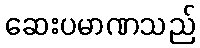
ဆေးပမာဏသည်